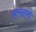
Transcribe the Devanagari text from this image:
सरदारो